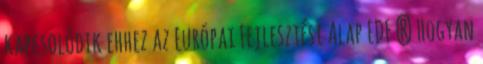
kapcsolódik ehhez az Európai Fejlesztési Alap EDF ? Hogyan